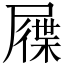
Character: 屧